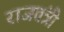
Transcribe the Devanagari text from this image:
राजतंत्री